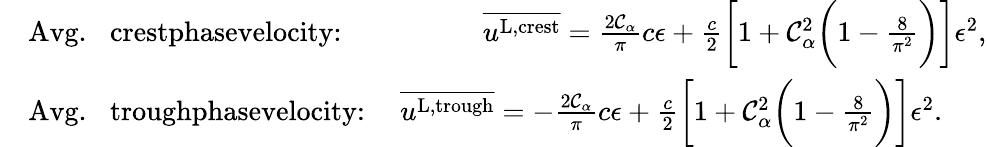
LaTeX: \begin{array}{rl}&{\textrm{Avg.\, \, crestphasevelocity:\, \, \, \, \, \, \, \, \, \, \, \, }\overline{{u^{\textnormal{L,crest}}}}=\frac{2\mathcal{C}_{\alpha}}{\pi}c\epsilon+\frac{c}{2}\bigg[1+\mathcal{C}_{\alpha}^{2}\bigg(1-\frac{8}{\pi^{2}}\bigg)\bigg]\epsilon^{2},}\\ &{\textrm{Avg.\, \, troughphasevelocity:\, \, \, }\overline{{u^{\textnormal{L,trough}}}}=-\frac{2\mathcal{C}_{\alpha}}{\pi}c\epsilon+\frac{c}{2}\bigg[1+\mathcal{C}_{\alpha}^{2}\bigg(1-\frac{8}{\pi^{2}}\bigg)\bigg]\epsilon^{2}.}\end{array}